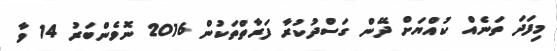
މިފަދަ ތަނެއް ކުއްޔަށް ދޭން ގަސްދުކުރާ ފަރާތްތަކުން 2016 ނޮވެންބަރު 14 ވާ